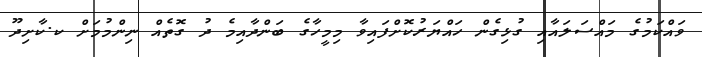
ވައްކަމުގެ މައްސަލައާއި ގުޅިގެން ހައްޔަރުކޮށްފައިވާ މިމީހާގެ ބަންދާއިމެ ދު ގޮތެއް ނިންމުމަށް ކ.ކާށިދޫ